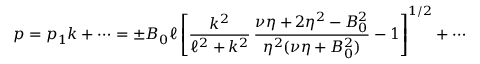
p = p _ { 1 } k + \cdots = \pm B _ { 0 } \ell \left[ \frac { k ^ { 2 } } { \ell ^ { 2 } + k ^ { 2 } } \, \frac { \nu \eta + 2 \eta ^ { 2 } - B _ { 0 } ^ { 2 } } { \eta ^ { 2 } ( \nu \eta + B _ { 0 } ^ { 2 } ) } - 1 \right] ^ { 1 / 2 } + \cdots